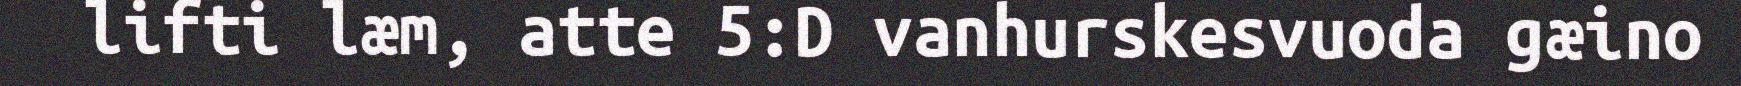
lifti læm, atte 5:D vanhurskesvuoda gæino